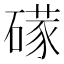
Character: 𱴮